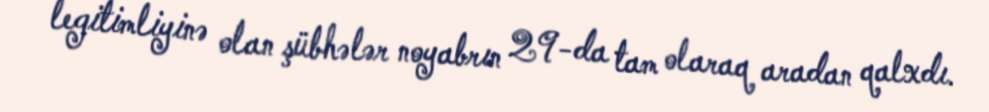
legitimliyinə olan şübhələr noyabrın 29-da tam olaraq aradan qalxdı.